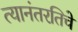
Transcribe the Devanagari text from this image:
त्यानंतरतिचे